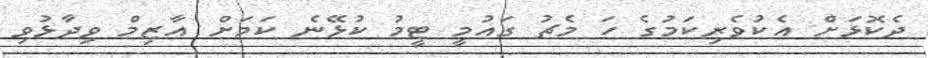
ދެކޮޅަށް އެކުވެރިކަމުގެ ހަ މެޗު ގައުމީ ޓީމު ކުޅޭނެ ކަމަށް އާޒިމް ވިދާޅުވި